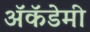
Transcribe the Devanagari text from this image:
अॅकॅडेमी